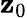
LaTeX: \mathbf{z}_{0}